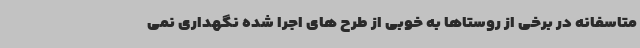
متاسفانه در برخی از روستاها به خوبی از طرح های اجرا شده نگهداری نمی